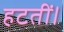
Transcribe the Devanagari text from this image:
हटतीं।